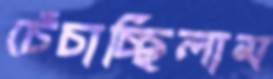
চেঁচাচ্ছিলাম